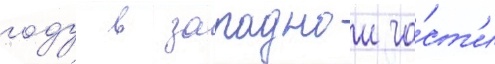
году в западнои ча́ст'и